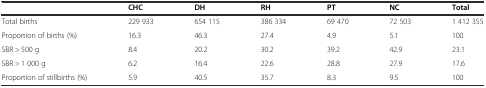
|  | CHC | DH | RH | PT | NC | Total |
 | --- | --- | --- | --- | --- | --- | --- |
 | Total births | 229 933 | 654 115 | 386 334 | 69 470 | 72 503 | 1 412 355 |
 | Proportion of births (%) | 16.3 | 46.3 | 27.4 | 4.9 | 5.1 | 100 |
 | SBR > 500 g | 8.4 | 20.2 | 30.2 | 39.2 | 42.9 | 23.1 |
 | SBR > 1 000 g | 6.2 | 16.4 | 22.6 | 28.8 | 27.9 | 17.6 |
 | Proportion of stillbirths (%) | 5.9 | 40.5 | 35.7 | 8.3 | 9.5 | 100 |